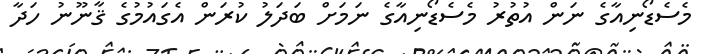
މެސެޑޯނިއާގެ ނަން އުތުރު މެސެޑޯނިއާގެ ނަމަށް ބަދަލު ކުރަން އެގައުމުގެ ޤާނޫނު ހަދާ